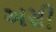
અસી